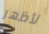
لأظهر